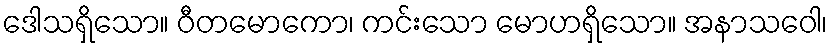
ဒေါသရှိသော။ ဝီတမောကော၊ ကင်းသော မောဟရှိသော။ အနာသဝေါ၊